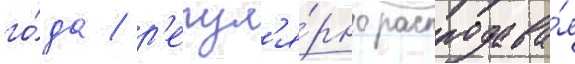
го́да / р'егул'я́рно распродава́я